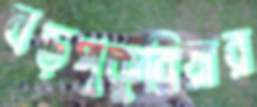
বড়পুকুরিয়ার